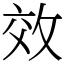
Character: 效